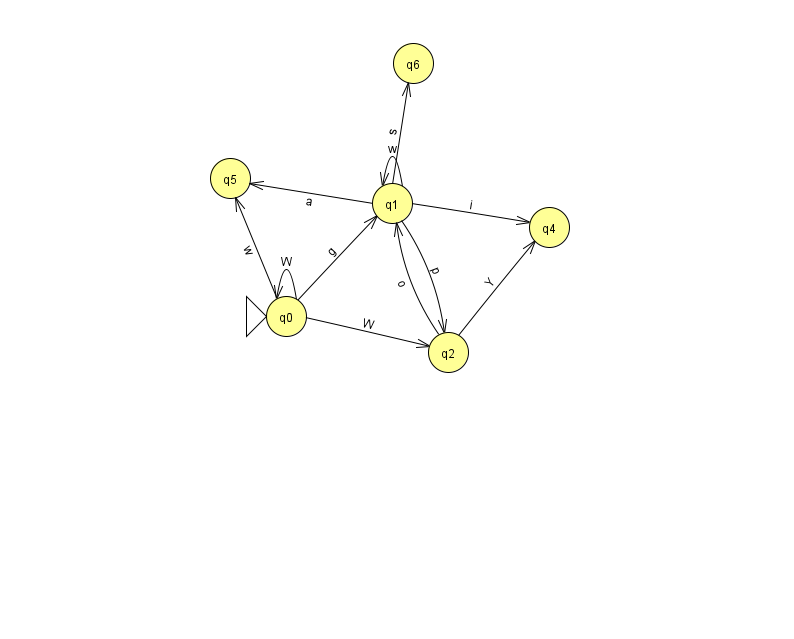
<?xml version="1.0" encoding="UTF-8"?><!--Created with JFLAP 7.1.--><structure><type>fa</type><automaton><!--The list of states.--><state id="0" name="q0"><x>286.0</x><y>303.0</y><initial/></state><state id="1" name="q1"><x>392.0</x><y>190.0</y></state><state id="2" name="q2"><x>448.0</x><y>339.0</y></state><state id="4" name="q4"><x>549.0</x><y>214.0</y></state><state id="5" name="q5"><x>230.0</x><y>165.0</y></state><state id="6" name="q6"><x>413.0</x><y>50.0</y></state><!--The list of transitions.--><transition><from>0</from><to>5</to><read>w</read></transition><transition><from>1</from><to>6</to><read>s</read></transition><transition><from>1</from><to>2</to><read>p</read></transition><transition><from>0</from><to>0</to><read>W</read></transition><transition><from>1</from><to>1</to><read>w</read></transition><transition><from>1</from><to>4</to><read>i</read></transition><transition><from>0</from><to>1</to><read>g</read></transition><transition><from>1</from><to>5</to><read>a</read></transition><transition><from>2</from><to>1</to><read>o</read></transition><transition><from>2</from><to>4</to><read>Y</read></transition><transition><from>0</from><to>2</to><read>W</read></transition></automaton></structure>